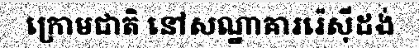
ក្រោមជាតិ នៅសណ្ឋាគាររ៉េស៊ីដង់